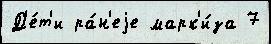
Д'е́т'и ра́н'еjе марк'и́за 7